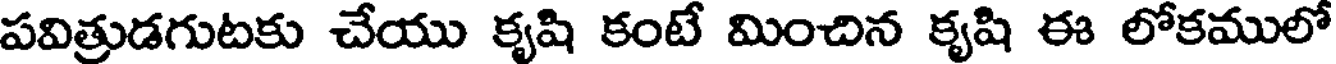
పవిత్రుడగుటకు చేయు కృషి కంటే మించిన కృషి ఈ లోకములో